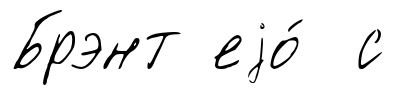
Брэнт еjо́ с